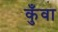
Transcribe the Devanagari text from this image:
कुँवा